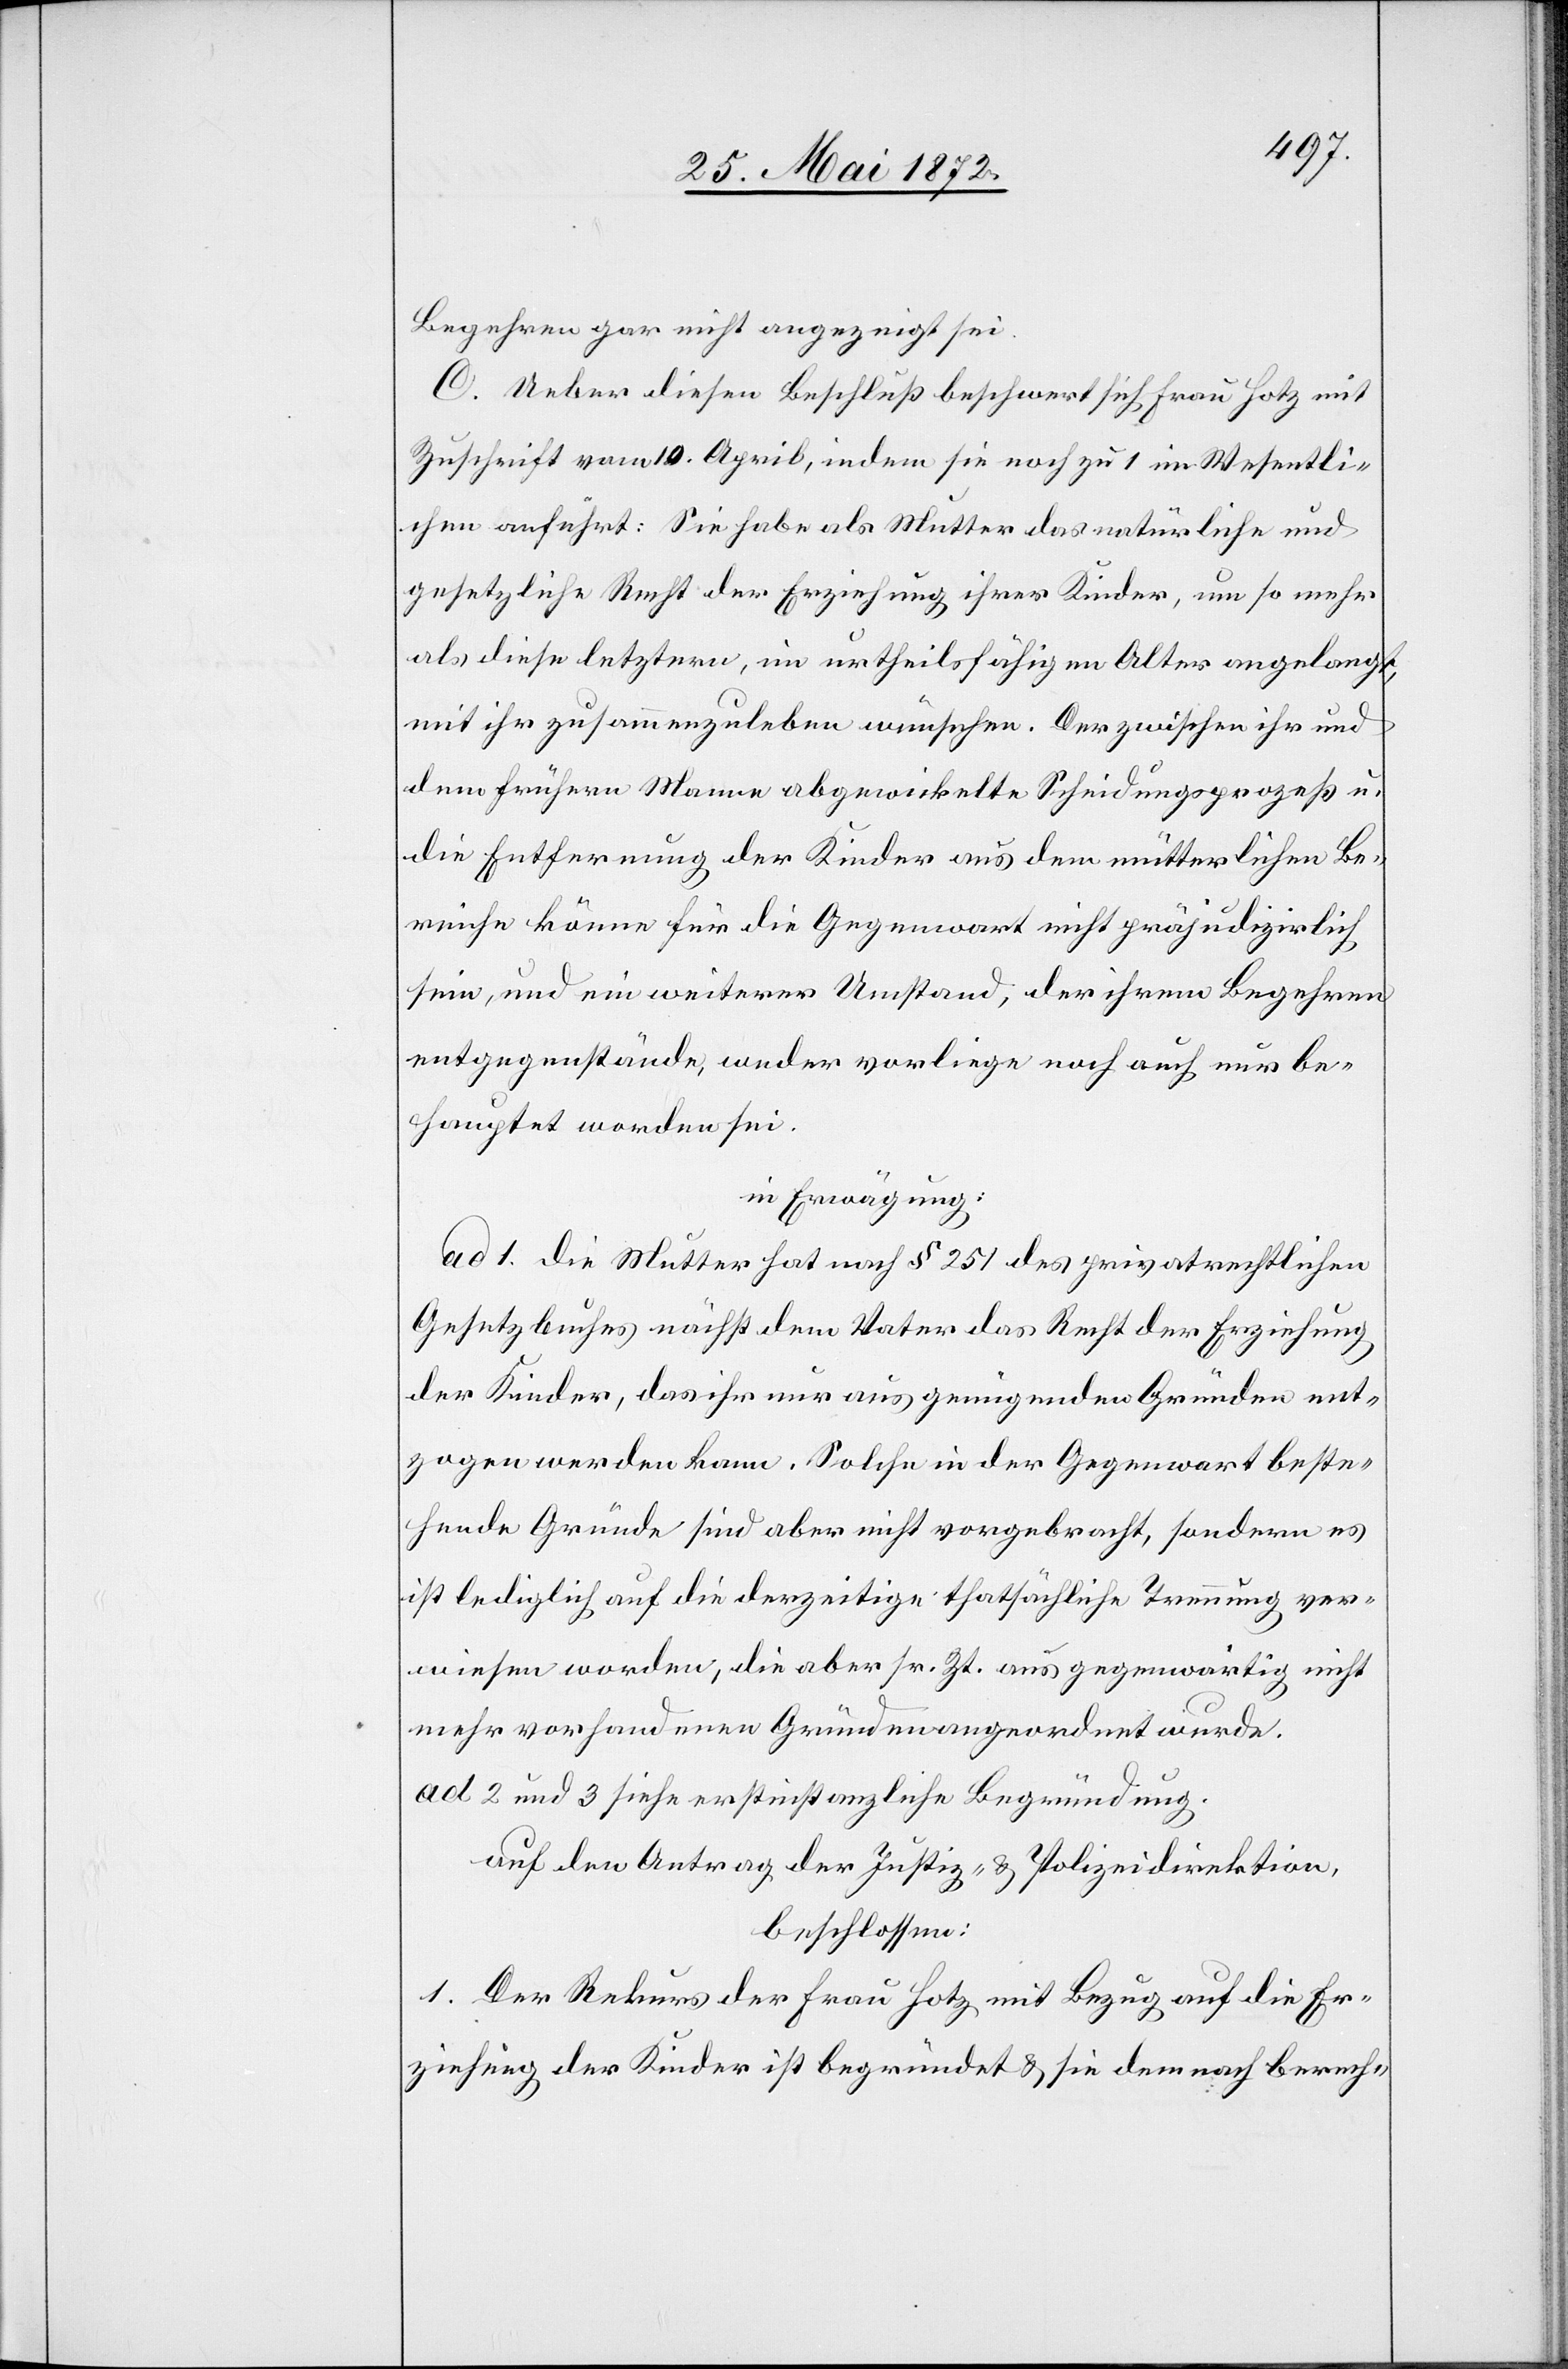
Begehren gar nicht angezeigt sei.
C. Ueber diesen Beschluß beschwert sich Frau Hotz mit
Zuschrift vom 10. April, indem sie noch zu 1 im Wesentli¬
chen anführt: Sie habe als Mutter das natürliche und
gesetzliche Recht der Erziehung ihrer Kinder, um so mehr
als diese letztern, im urtheilsfähigen Alter angelangt,
mit ihr zusammenzuleben wünschen. Der zwischen ihr und
dem frühern Manne abgewickelte Scheidungsprozeß u.
die Entfernung der Kinder aus dem mütterlichen Be¬
reiche könne für die Gegenwart nicht präjudizirlich
sein, und ein weiterer Umstand, der ihrem Begehren
entgegenstände, weder vorliege noch auch nur be¬
hauptet worden sei.
in Erwägung:
ad 1. die Mutter hat nach § 251 des privatrechtlichen
Gesetzbuches nächst dem Vater das Recht der Erziehung
der Kinder, das ihr nur aus genügenden Gründen ent¬
zogen werden kann. Solche in der Gegenwart beste¬
henden Gründe sind aber nicht vorgebracht, sondern es
ist lediglich auf die derzeitige thatsächliche Trennung ver¬
wiesen worden, die aber sr. Zt. aus gegenwärtig nicht
mehr vorhandenen Gründen angeordnet wurde.
ad 2 und 3 siehe erstinstanzliche Begründung.
auf den Antrag der Justiz- u. Polizeidirektion,
beschlossen:
1. Der Rekurs der Frau Hotz mit Bezug auf die Er¬
ziehung der Kinder ist begründet u. sie demnach berech-